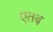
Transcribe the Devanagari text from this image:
एतब